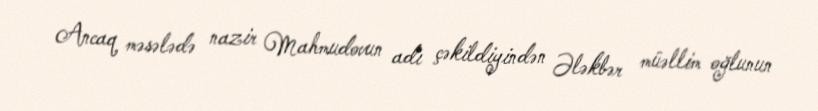
Ancaq məsələdə nazir Mahmudovun adı çəkildiyindən Ələkbər müəllim oğlunun